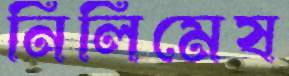
নিলিমেষ